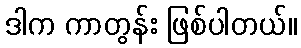
ဒါက ကာတွန်း ဖြစ်ပါတယ်။